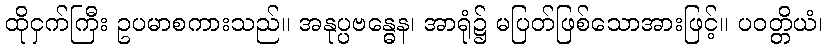
ထိုငှက်ကြီး ဥပမာစကားသည်။ အနုပ္ပဗန္ဓေန၊ အာရုံ၌ မပြတ်ဖြစ်သောအားဖြင့်။ ပဝတ္တိယံ၊